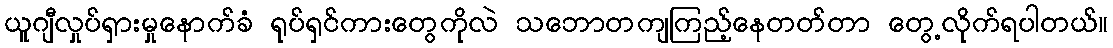
ယူဂျီလှုပ်ရှားမှုနောက်ခံ ရုပ်ရှင်ကားတွေကိုလဲ သဘောတကျကြည့်နေတတ်တာ တွေ့လိုက်ရပါတယ်။